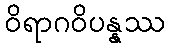
ဝိရာဂဝိပန္နဿ